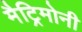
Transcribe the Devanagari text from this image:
मैट्रिमोनी